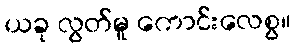
ယခု လွတ်မူ ကောင်းလေစွ။